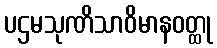
ပဌမသုဏိသာဝိမာနဝတ္ထု